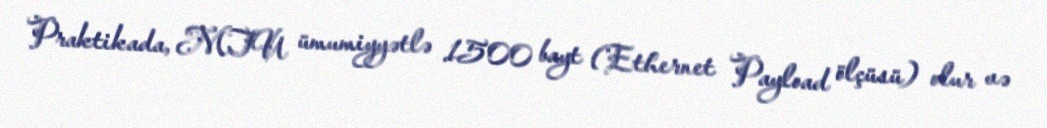
Praktikada, MTU ümumiyyətlə 1500 bayt (Ethernet Payload ölçüsü) olur və